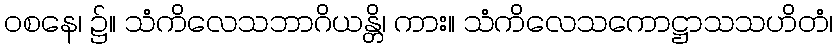
ဝစနေ၊ ၌။ သံကိလေသဘာဂိယန္တိ၊ ကား။ သံကိလေသကောဋ္ဌာသသဟိတံ၊